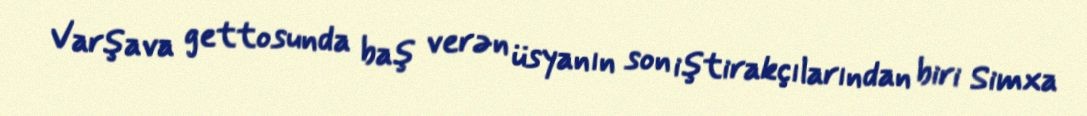
Varşava gettosunda baş verən üsyanın son iştirakçılarından biri Simxa